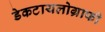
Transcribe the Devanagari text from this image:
डेकटायलोग्राफी